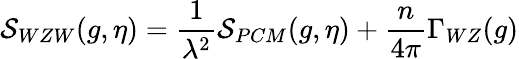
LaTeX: {\cal S}_{WZW}(g,\eta)={\frac{1}{\lambda^{2}}}{\cal S}_{PCM}(g,\eta)+{\frac{n}{4\pi}}\Gamma_{WZ}(g)